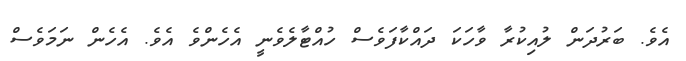
އެވެ. ބަރުދަން ލުއިކުރާ ވާހަކަ ދައްކާފަވެސް ހުއްޓާލެވެނީ އެހެންވެ އެވެ. އެހެން ނަމަވެސް